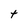
Character: t